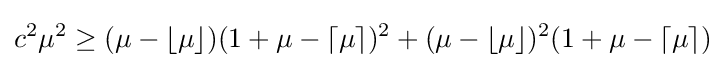
c^{2}\mu ^{2}\geq (\mu -\lfloor \mu \rfloor )(1+\mu -\lceil \mu \rceil )^{2}+(\mu -\lfloor \mu \rfloor )^{2}(1+\mu -\lceil \mu \rceil )